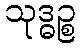
သုဒ္ဓဉ္စ